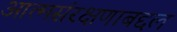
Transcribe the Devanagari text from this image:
आत्मसंरक्षणाबद्दल